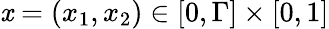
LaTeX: \mathit{x}=\left(\begin{array}{l}{x_{1},x_{2}}\end{array}\right)\in[0,\Gamma]\times[0,1]